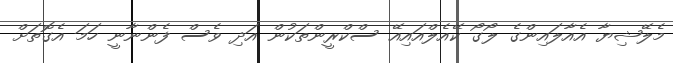
މެލޭޝިޔާ އެއާލައިންގެ ލޯގޯ ކޭއެލްއައިއޭ ސްކްރީންތަކުން އަދި ވެސް ފެންނާނީ ހަމަ އެގޮތަށް